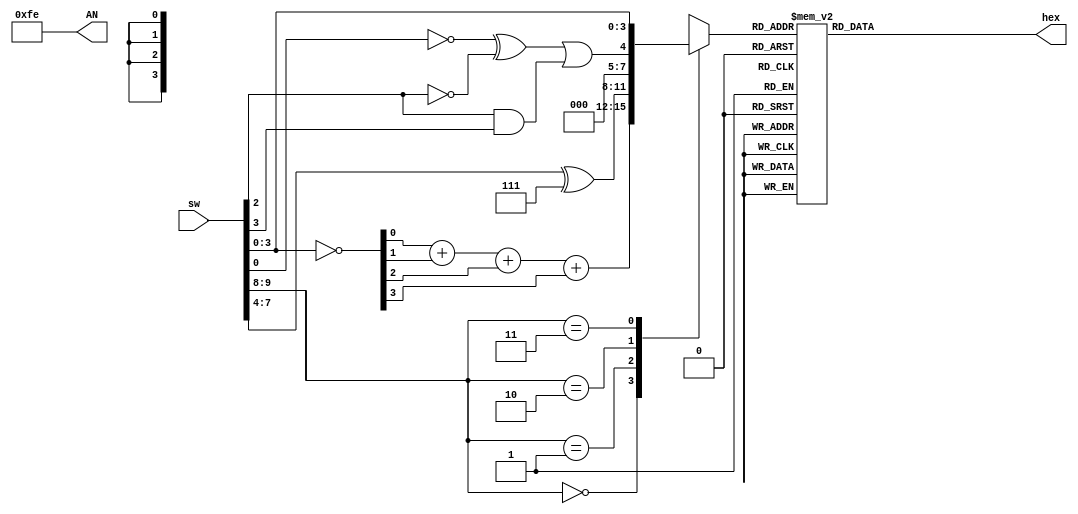
`timescale 1ns / 1ps
//////////////////////////////////////////////////////////////////////////////////
// Company: 
// Engineer: 
// 
// Design Name: 
// Module Name: laba1
// Project Name: 
// Target Devices: 
// Tool Versions: 
// Description: 
// 
// Dependencies: 
// 
// Revision:
// Revision 0.01 - File Created
// Additional Comments:
// 
//////////////////////////////////////////////////////////////////////////////////


module laba1(
    input [9:0] sw,
    output reg [6:0] hex,
    output [7:0] AN
	);
	
	assign AN=8'b1111_1110;
	wire [3:0] inv_sw;
	wire [3:0] dc1;
	assign inv_sw=~sw [3:0];
	assign dc1=inv_sw[0]+inv_sw[1]+inv_sw[2]+inv_sw[3];
	
	wire [3:0] dc2;
	assign dc2=sw[7:4]^4'b0111;

	wire f;
	assign f=(~sw[0])^(~sw[2])|(sw[2]&sw[3]);

	reg [3:0] mux;

	always@(*) begin
		case (sw[9:8])
		2'b00: mux=dc1;
		2'b01: mux=dc2;
		2'b10: mux=f;
		2'b11: mux=sw[3:0];
		endcase
	end
    
	always@(*) begin
		case (mux)
		4'd0:hex=7'b1000000;
		4'd1:hex=7'b1111001;
		4'd2:hex=7'b0100100;
		4'd3:hex=7'b0110000;
		4'd4:hex=7'b0011001;
		4'd5:hex=7'b0010010;
		4'd6:hex=7'b0000010;
		4'd7:hex=7'b1111000;
		4'd8:hex=7'b0000000;
		4'd9:hex=7'b0010000;
		4'd10:hex=7'b0001000;
		4'd11:hex=7'b0000011;
		4'd12:hex=7'b1000110;
		4'd13:hex=7'b0100001;
		4'd14:hex=7'b0000110;
		4'd15:hex=7'b0001110;
		endcase
	end
endmodule